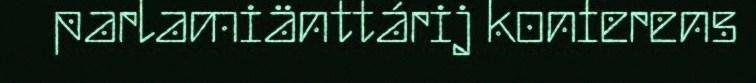
parlamiänttárij konferens